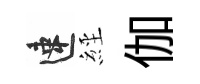
速𦀇伽